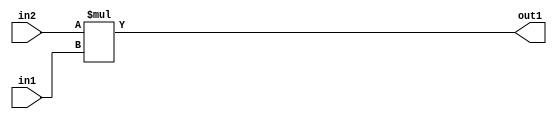
`timescale 1ps / 1ps
/*****************************************************************************
    Verilog RTL Description
    
    
    Created by: Stratus DpOpt 2019.1.01 
*******************************************************************************/

module GaussianFilter_Mul_32Sx8U_32S_1 (
	in2,
	in1,
	out1
	); /* architecture "behavioural" */ 
input [31:0] in2;
input [7:0] in1;
output [31:0] out1;
wire [31:0] asc001;

assign asc001 = 
	+(in2 * in1);

assign out1 = asc001;
endmodule

/* CADENCE  ubH0SQw= : u9/ySgnWtBlWxVPRXgAZ4Og= ** DO NOT EDIT THIS LINE ******/